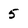
Character: 5